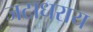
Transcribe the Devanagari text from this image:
जटाधराय